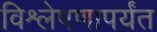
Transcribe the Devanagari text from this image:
विश्लेषणापर्यंत